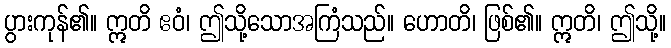
ပွားကုန်၏။ ဣတိ ဧဝံ၊ ဤသို့သောအကြံသည်။ ဟောတိ၊ ဖြစ်၏။ ဣတိ၊ ဤသို့။